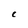
Character: C